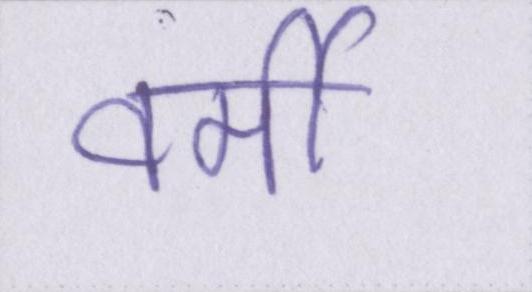
वर्मी